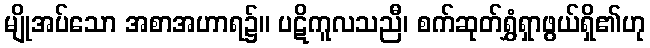
မျိုအပ်သော အစာအဟာရ၌။ ပဋိကူလသညီ၊ စက်ဆုတ်ရွှံရှာဖွယ်ရှိ၏ဟု